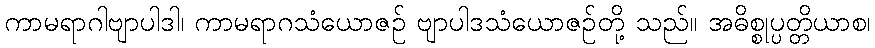
ကာမရာဂါဗျာပါဒါ၊ ကာမရာဂသံယောဇဉ် ဗျာပါဒသံယောဇဉ်တို့ သည်။ အဓိစ္စုပ္ပတ္တိယာစ၊